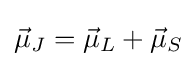
{\vec {\mu }}_{J}={\vec {\mu }}_{L}+{\vec {\mu }}_{S}